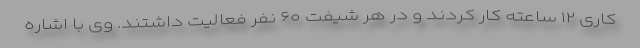
کاری ۱۲ ساعته کار کردند و در هر شیفت ۶۰ نفر فعالیت داشتند. وی با اشاره